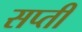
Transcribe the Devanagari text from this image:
सप्ती